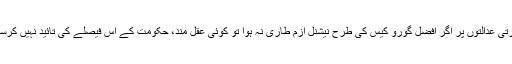
بھارتی عدالتوں پر اگر افضل گورو کیس کی طرح نیشنل ازم طاری نہ ہوا تو کوئی عقل مند، حکومت کے اس فیصلے کی تائید نہیں کرسکتا۔